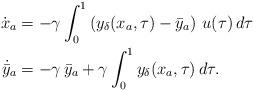
LaTeX: \begin{align*}\dot{{x}}_a &=-\gamma \int_{0}^{1} \left ( y_\delta({x_a},\tau)-\bar{y}_a \right ) \, u(\tau)\,d\tau\\\dot{\bar{y}}_a & = -\gamma\,\bar{y}_a + \gamma\int_{0}^{1}y_\delta ({x}_a,\tau)\,d\tau.\end{align*}